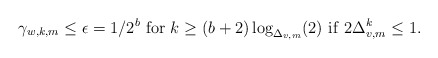
\begin{align*} \gamma_{w,k,m}\le\epsilon=1/2^b~ {\rm for}~k\ge (b+2)\log_{\Delta_{v,m}}(2)~{\rm if}~ 2\Delta_{v,m}^k\le 1. \end{align*}